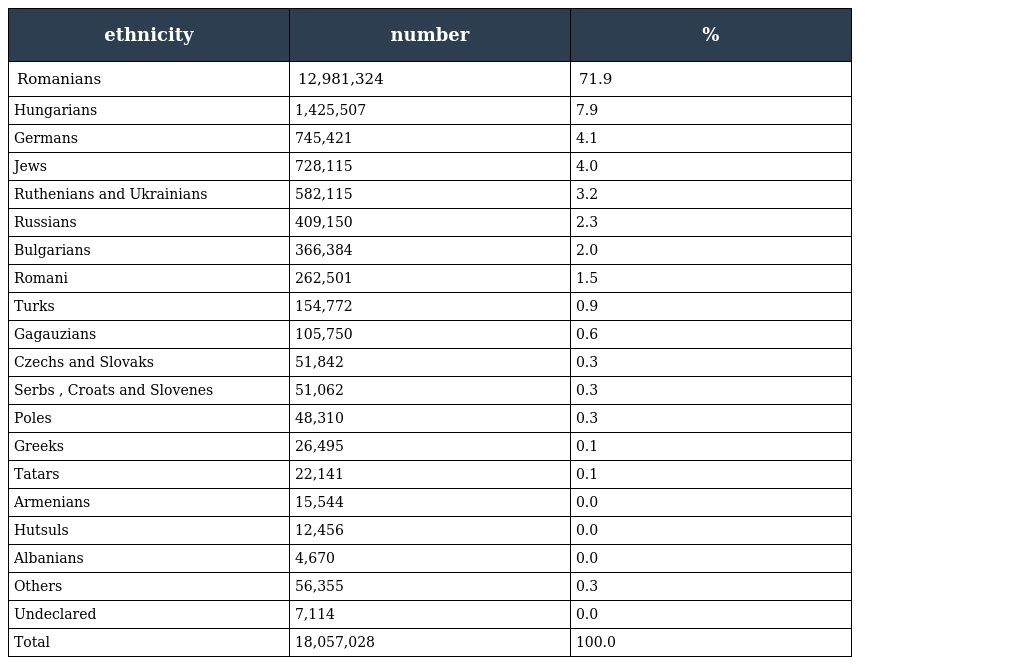
| ethnicity | number | % |
 | --- | --- | --- |
 | Romanians | 12,981,324 | 71.9 |
 | Hungarians | 1,425,507 | 7.9 |
 | Germans | 745,421 | 4.1 |
 | Jews | 728,115 | 4.0 |
 | Ruthenians and Ukrainians | 582,115 | 3.2 |
 | Russians | 409,150 | 2.3 |
 | Bulgarians | 366,384 | 2.0 |
 | Romani | 262,501 | 1.5 |
 | Turks | 154,772 | 0.9 |
 | Gagauzians | 105,750 | 0.6 |
 | Czechs and Slovaks | 51,842 | 0.3 |
 | Serbs , Croats and Slovenes | 51,062 | 0.3 |
 | Poles | 48,310 | 0.3 |
 | Greeks | 26,495 | 0.1 |
 | Tatars | 22,141 | 0.1 |
 | Armenians | 15,544 | 0.0 |
 | Hutsuls | 12,456 | 0.0 |
 | Albanians | 4,670 | 0.0 |
 | Others | 56,355 | 0.3 |
 | Undeclared | 7,114 | 0.0 |
 | Total | 18,057,028 | 100.0 |